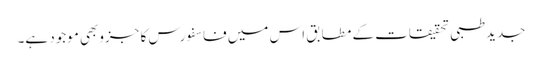
جدیدطبی تحقیقات کے مطابق اس میں فاسفورس کا جزوبھی موجود ہے۔